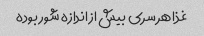
غذا هر سری بیش از اندازه شور بوده